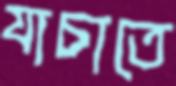
যাচাতে